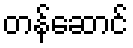
တန်ဆောင်